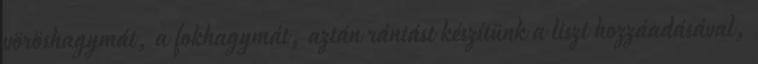
vöröshagymát, a fokhagymát, aztán rántást készítünk a liszt hozzáadásával,